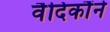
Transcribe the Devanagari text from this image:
वैदिकौंने